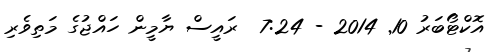
އޮކްޓޯބަރު 10